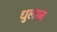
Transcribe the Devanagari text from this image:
धुलान